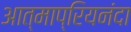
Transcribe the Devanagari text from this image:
आत्माप्रियनंदा